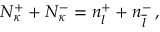
N _ { \kappa } ^ { + } + N _ { \kappa } ^ { - } = n _ { l } ^ { + } + n _ { \overline { { l } } } ^ { - } \, ,